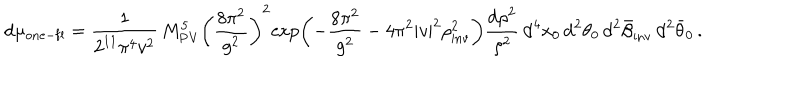
\mathrm { d } \mu _ { \mathrm { o n e - f l } } = \frac { 1 } { 2 ^ { 1 1 } \pi ^ { 4 } v ^ { 2 } } \, M _ { \mathrm { P V } } ^ { 5 } \left( \frac { 8 \pi ^ { 2 } } { g ^ { 2 } } \right) ^ { 2 } \! \exp \left( - \frac { 8 \pi ^ { 2 } } { g ^ { 2 } } - 4 \pi ^ { 2 } | v | ^ { 2 } \rho _ { \mathrm { i n v } } ^ { 2 } \right) \frac { \mathrm { d } \rho ^ { 2 } } { \rho ^ { 2 } } \, \mathrm { d } ^ { 4 } x _ { 0 } \, \mathrm { d } ^ { 2 } \theta _ { 0 } \, \mathrm { d } ^ { 2 } \bar { \beta } _ { \mathrm { i n v } } \, \mathrm { d } ^ { 2 } \bar { \theta } _ { 0 } \, .